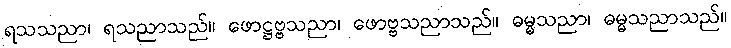
ရသသညာ၊ ရသညာသည်။ ဖောဋ္ဌဗ္ဗသညာ၊ ဖောဗ္ဗသညာသည်။ ဓမ္မသညာ၊ ဓမ္မသညာသည်။